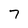
Character: 7